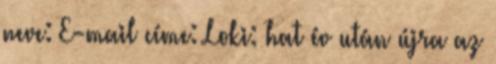
neve: E-mail címe: Loki: hat év után újra az